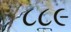
૮૮૯